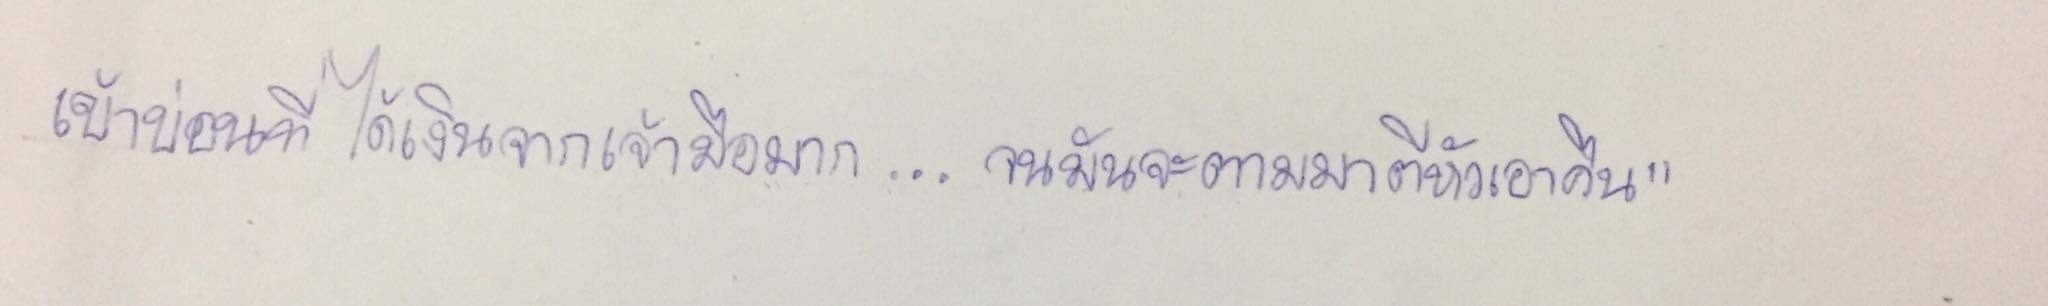
เข้าบ่อนที่ได้เงินจากเจ้ามือมาก...จนมันจะตามมาตีหัวเอาคืน"